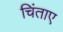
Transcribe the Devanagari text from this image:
चिंताए